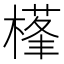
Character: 樥